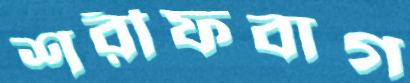
শরীফবাগ